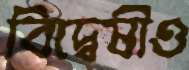
বিদ্বেষীও